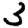
Digit: 3